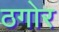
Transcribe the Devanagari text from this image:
ठगोर